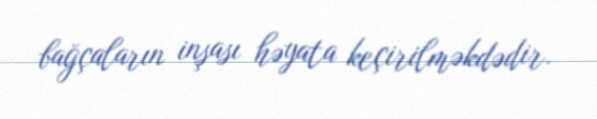
bağçaların inşası həyata keçirilməkdədir.